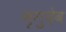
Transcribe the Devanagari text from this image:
भृगुदेव